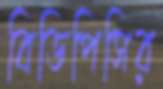
বিডিপিসির